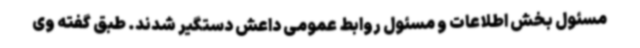
مسئول بخش اطلاعات و مسئول روابط عمومی داعش دستگیر شدند. طبق گفته وی